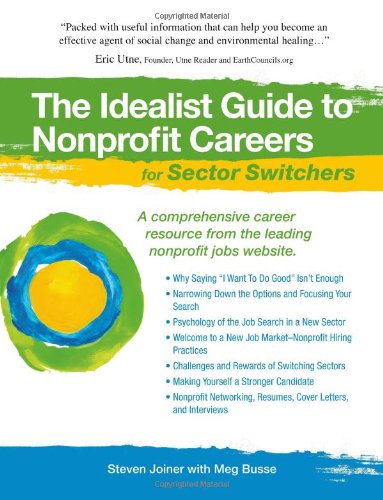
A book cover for The Idealist Guide to Nonprofit Careers for Sector Switchers (Hundreds of Heads Survival Guides); Steven Joiner; Reference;